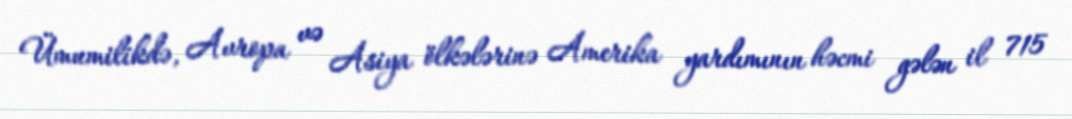
Ümumilikdə, Avropa və Asiya ölkələrinə Amerika yardımının həcmi gələn il 715